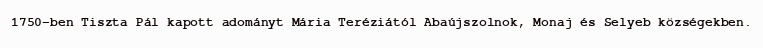
1750-ben Tiszta Pál kapott adományt Mária Teréziától Abaújszolnok, Monaj és Selyeb községekben.